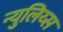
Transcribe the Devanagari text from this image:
न्युलिय्स